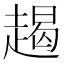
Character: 𧼨